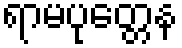
ရာမပုတ္တေန